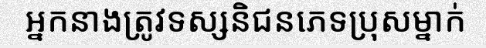
អ្នកនាងត្រូវទស្សនិជនភេទប្រុសម្នាក់